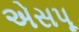
એસપૂ